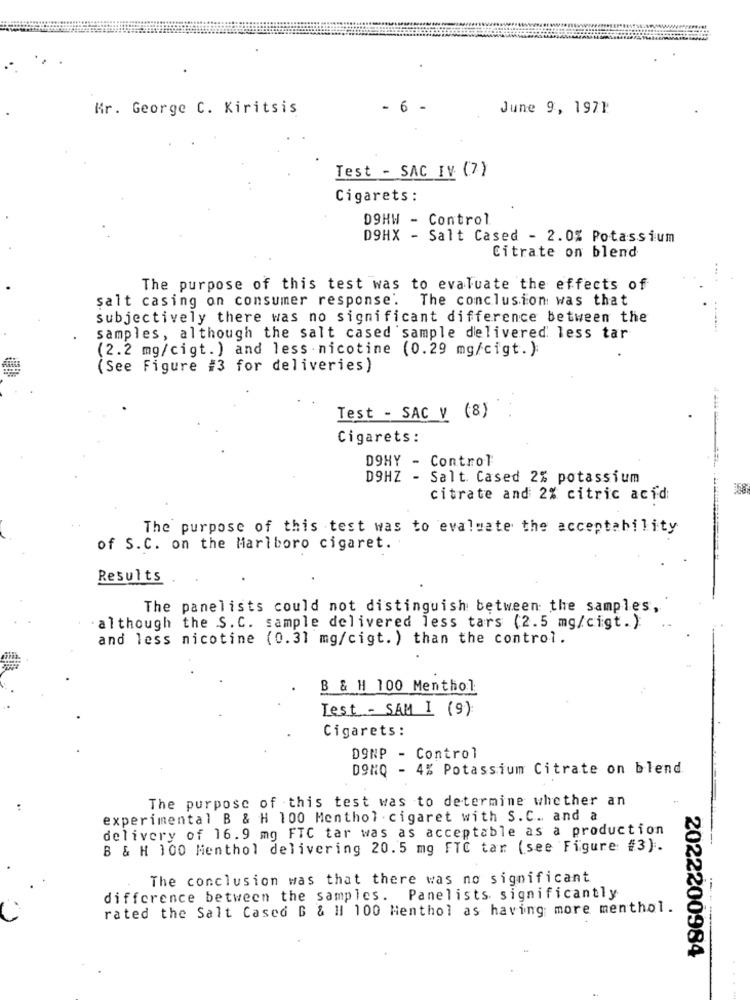
Mr. George C. Kiritsis
6
June 9, 1971
Test - SAC IV (7)
Cigarets:
09HW - Control
D9HX - Salt Cased - 2.0% Potassium
Citrate on blend
The purpose of this test was to evaluate the effects of
salt casing on consumer response.
The conclusion was that
subjectively there was no significant difference between the
samples, although the salt cased sample delivered less tar
(2.2 mg/cigt.) and less nicotine (0.29 mg/cigt. ):
(See Figure #3 for deliveries)
Test - SAC V (8)
Cigarets:
DOHY - Control
D9HZ - Salt. Cased 2% potassium
citrate and 2% citric acid
The purpose of this test was to evaluate the acceptability
of S.C. on the Marlboro cigaret. .
Results
The panelists could not distinguish between the samples,
. although the S. C. sample delivered less tars (2.5 mg/cigt.)
and less nicotine (0.31 mg/cigt. ) than the control.
B & H 100 Menthol
Lest - SAM I (9)
Cigarets:
DONP
- Control
DONQ - 4% Potassium Citrate on blend
The purpose of this test was to determine whether an
experimental B & H 100 Menthol . cigaret with S.C. and a
delivery of 16.9 mg FTC tar was as acceptable as a production
B & H 100 Menthol delivering 20.5 mg FTC tar (see Figure #3).
The conclusion was that there was no significant
difference between the samples.
Panelists significantly
rated the Salt Cased G & HI 100 Menthol as having more menthol.
2022200984